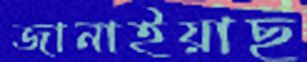
জানাইয়াছ